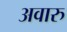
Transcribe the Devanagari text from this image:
अवारु